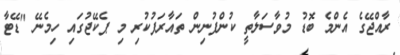
ރާއްޖޭގެ އެންމެ ބޮޑު މުވާސަލާތީ ކުންފުނިން ތައާރަފުކުރި މި ޕެކޭޖުގައި ހިމެނޭ "ޑޭޓާ